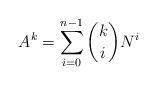
LaTeX: \begin{align*} A^k = \sum_{i = 0}^{n-1} \binom{k}{i} N^i\end{align*}